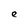
Character: e